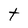
Character: t